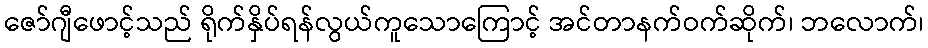
ဇော်ဂျီဖောင့်သည် ရိုက်နှိပ်ရန်လွယ်ကူသောကြောင့် အင်တာနက်ဝက်ဆိုက်၊ ဘလောက်၊